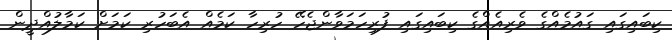
ކިބައިގައި ގައުމެއްގެ ވެރިއެއްގެ ކިބައިގައި ފުރިހަމަވާންޖެހޭ ހުރިހާ ކަމެއް އެބަހުރި ކަމަށް ކަމާލުއްދީން